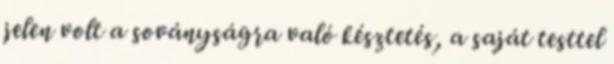
jelen volt a soványságra való késztetés, a saját testtel